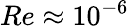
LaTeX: Re\approx 10^{-6}